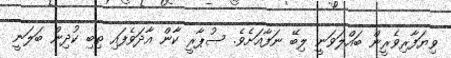
ވިޔަފާރިވެރީން ބައްލަވަނީ ލިބޭ ނަފާއަށެވެ. ސުޕާރީ ކާން އާދަވެފައި ތިބި ކުދިން ބަލަނީ